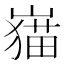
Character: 𱜎